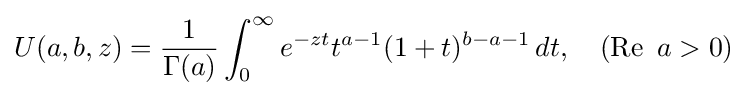
U(a,b,z)={\frac {1}{\Gamma (a)}}\int _{0}^{\infty }e^{-zt}t^{a-1}(1+t)^{b-a-1}\,dt,\quad (\operatorname {Re} \ a>0)